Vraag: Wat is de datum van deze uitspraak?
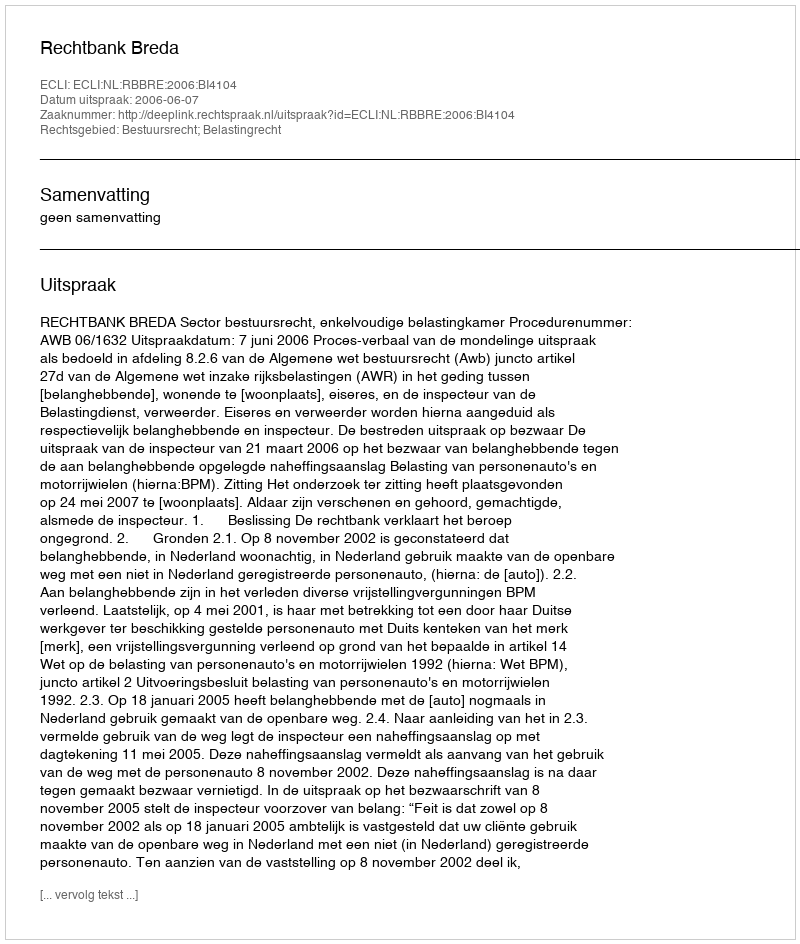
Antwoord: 2006-06-07